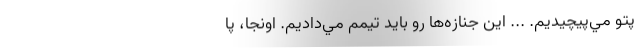
پتو مي‌پيچيديم. ... اين جنازه‌ها رو بايد تيمم مي‌داديم. اونجا، پا